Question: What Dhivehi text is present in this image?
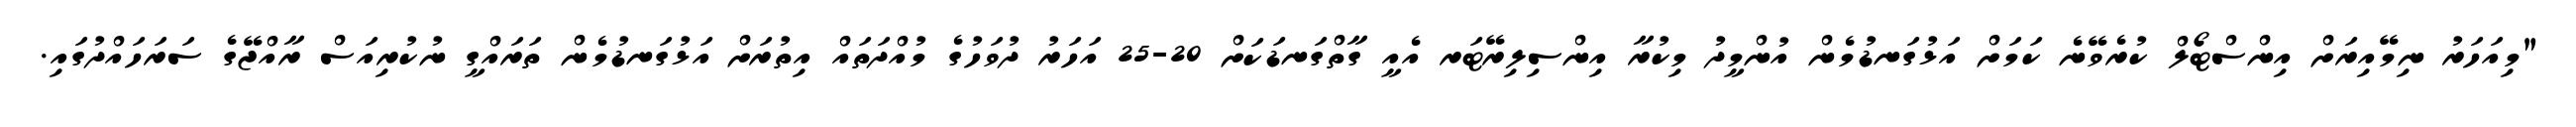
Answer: "މިއަހަރު ނިމޭއިރަށް އިންސްޓޯލް ކުރެވޭނެ ކަމަށް އަޅުގަނޑުމެން އުންމީދު މިކުރާ އިންސިލިރޭޓަރ އެއީ ގާތްގަނޑަކަށް 20-25 އަހަރު ދުވަހުގެ މުއްދަތައް އިތުރަށް އަޅުގަނޑުމެން ތަރައްގީ ނުކުރިއަސް ރާއްޖޭގެ ސަރަހައްދުގައި.